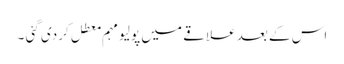
اس کے بعد علاقے میں پولیو مہم معطل کردی گئی ۔